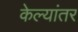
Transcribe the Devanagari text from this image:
केल्यांतर